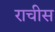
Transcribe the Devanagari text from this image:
राचीस